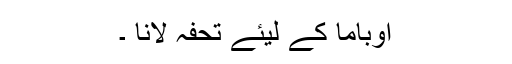
اوباما کے لیئے تحفہ لانا ۔